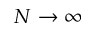
N \rightarrow \infty